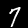
Label: 7